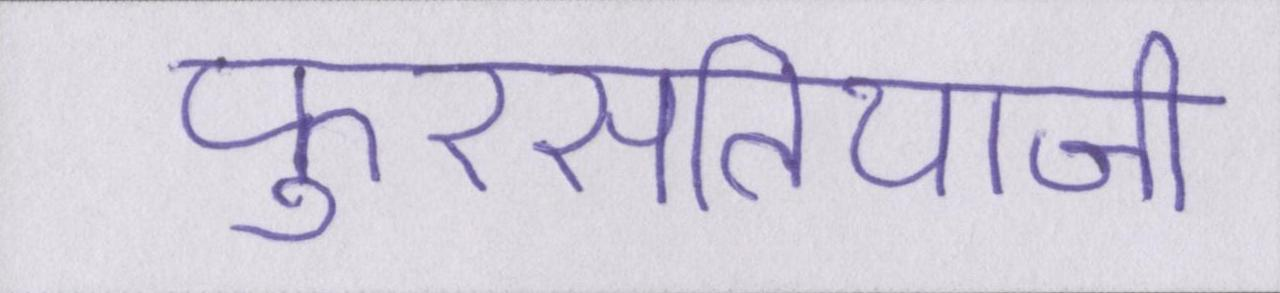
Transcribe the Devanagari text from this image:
फुरसतियाजी